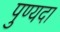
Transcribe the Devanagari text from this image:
पुण्यदा